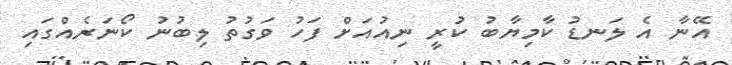
އޭނާ އެ ލަނޑު ކާމިޔާބު ކުރީ ނިއުއަށް ފަހު ވަގުތު ލިބުނު ކޯނަރެއްގައި